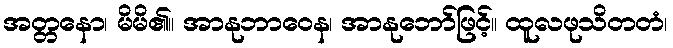
အတ္တနော၊ မိမိ၏။ အာနုဘာဝေန၊ အာနုဘော်ဖြင့်။ ထူလဖုသိတတံ၊